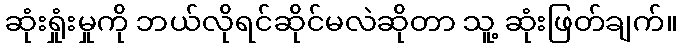
ဆုံးရှုံးမှုကို ဘယ်လိုရင်ဆိုင်မလဲဆိုတာ သူ့ ဆုံးဖြတ်ချက်။